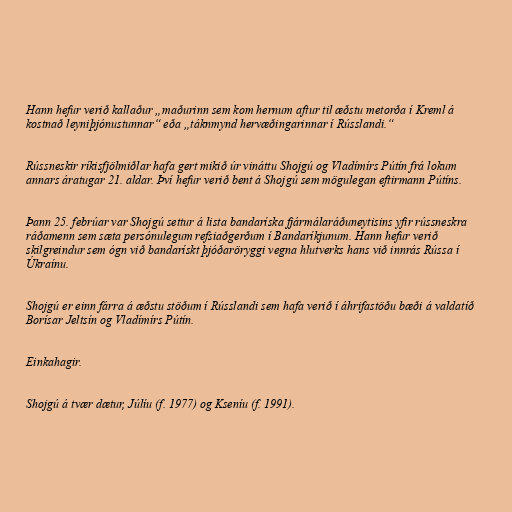
Hann hefur verið kallaður „maðurinn sem kom hernum aftur til æðstu metorða í Kreml á
kostnað leyniþjónustunnar“ eða „táknmynd hervæðingarinnar í Rússlandi.“

Rússneskir ríkisfjölmiðlar hafa gert mikið úr vináttu Shojgú og Vladímírs Pútín frá lokum
annars áratugar 21. aldar. Því hefur verið bent á Shojgú sem mögulegan eftirmann Pútíns.

Þann 25. febrúar var Shojgú settur á lista bandaríska fjármálaráðuneytisins yfir rússneskra
ráðamenn sem sæta persónulegum refsiaðgerðum í Bandaríkjunum. Hann hefur verið
skilgreindur sem ógn við bandarískt þjóðaröryggi vegna hlutverks hans við innrás Rússa í
Úkraínu.

Shojgú er einn fárra á æðstu stöðum í Rússlandi sem hafa verið í áhrifastöðu bæði á valdatíð
Borísar Jeltsín og Vladímírs Pútín.

Einkahagir.

Shojgú á tvær dætur, Júlíu (f. 1977) og Kseníu (f. 1991).